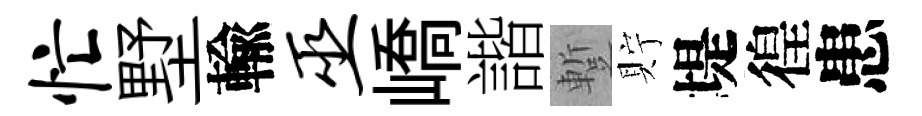
忙墅輸巫嶠諧蹔貯堤徨患